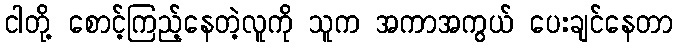
ငါတို့ စောင့်ကြည့်နေတဲ့လူကို သူက အကာအကွယ် ပေးချင်နေတာ